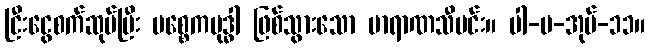
ငြီးငွေစက်ဆုပ်ပြီး ပစ္စေကဗုဒ္ဓါ ဖြစ်သွားသော ဗာရာဏသီမင်း။ ပါ-ပ-အုပ်-၁၁။